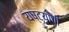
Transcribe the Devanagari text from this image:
यष्ट्यांची